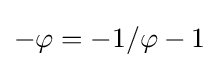
-\varphi =-1/\varphi -1